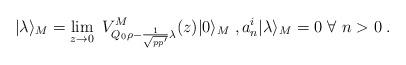
LaTeX: \begin{align*}|\lambda\rangle_M=\lim_{z\to0}\ V^M_{Q_0 \rho-\frac{1}{\sqrt{pp'}} \lambda}(z)|0\rangle_M\;,a_n^i|\lambda\rangle_M=0\ \forall\ n>0\;.\end{align*}